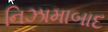
નિઝામાબાદ